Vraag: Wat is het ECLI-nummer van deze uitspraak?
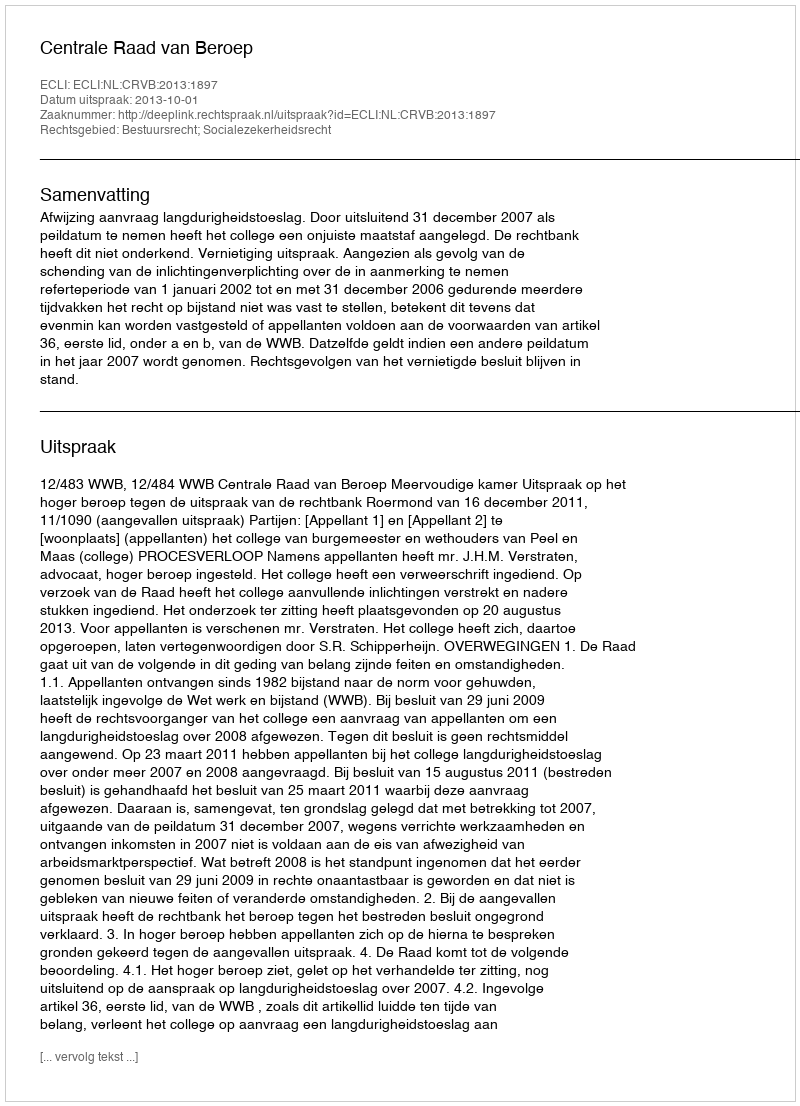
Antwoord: ECLI:NL:CRVB:2013:1897